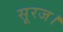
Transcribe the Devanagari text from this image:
सूरज।